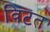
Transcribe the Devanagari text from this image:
विटत